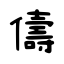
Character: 儔